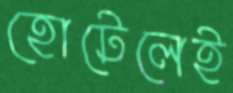
হোটেলেই